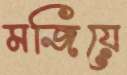
মজিয়ে